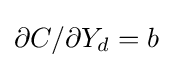
\partial C/\partial Y_{d}=b